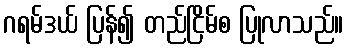
ဂရမ်ဒယ် ပြန်၍ တည်ငြိမ်စ ပြုလာသည်။